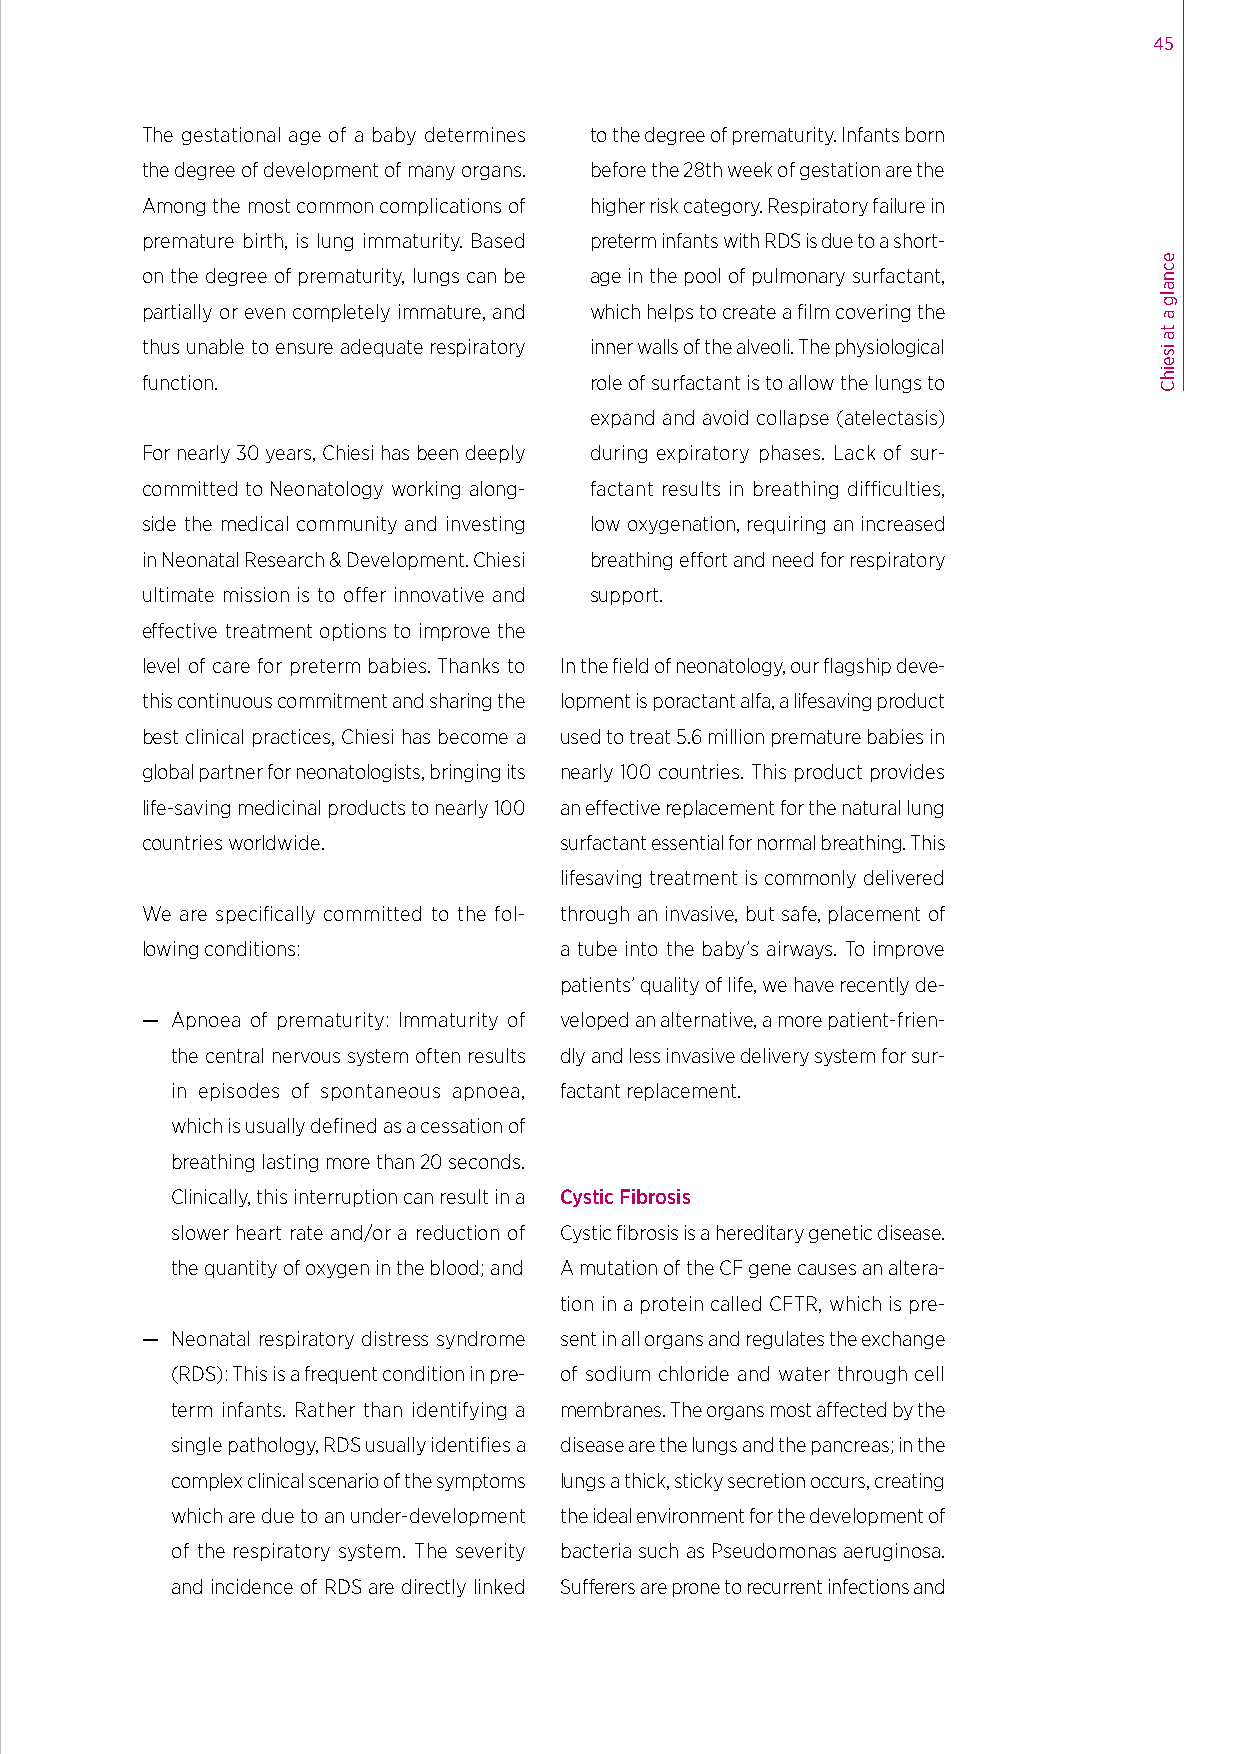
45
 The gestational age of a baby determines to the degree of prematurity. Infants born
 the degree of development of many organs. before the 28th week of gestation are the
 Among the most common complications of higher risk category. Respiratory failure in
 premature birth, is lung immaturity. Based preterm infants with RDS is due to a short-
 on the degree of prematurity, lungs can be age in the pool of pulmonary surfactant,
 partially or even completely immature, and which helps to create a film covering the
 thus unable to ensure adequate respiratory inner walls of the alveoli. The physiological
 function.                     role of surfactant is to allow the lungs to
 expand and avoid collapse (atelectasis)
 For nearly 30 years, Chiesi has been deeply during expiratory phases. Lack of sur-
 committed to Neonatology working along- factant results in breathing difficulties,
 side the medical community and investing low oxygenation, requiring an increased
 in Neonatal Research & Development. Chiesi breathing effort and need for respiratory
 ultimate mission is to offer innovative and support.
 effective treatment options to improve the
 level of care for preterm babies. Thanks to In the field of neonatology, our flagship deve-
 this continuous commitment and sharing the lopment is poractant alfa, a lifesaving product
 best clinical practices, Chiesi has become a used to treat 5.6 million premature babies in
 global partner for neonatologists, bringing its nearly 100 countries. This product provides
 life-saving medicinal products to nearly 100 an effective replacement for the natural lung
 countries worldwide.        surfactant essential for normal breathing. This
 lifesaving treatment is commonly delivered
 We are specifically committed to the fol- through an invasive, but safe, placement of
 lowing conditions:          a tube into the baby’s airways. To improve
 patients’ quality of life, we have recently de-
 — Apnoea of prematurity: Immaturity of veloped an alternative, a more patient-frien-
 the central nervous system often results dly and less invasive delivery system for sur-
 in episodes of spontaneous apnoea, factant replacement.
 which is usually defined as a cessation of
 breathing lasting more than 20 seconds.
 Clinically, this interruption can result in a Cystic Fibrosis
 slower heart rate and/or a reduction of Cystic fibrosis is a hereditary genetic disease.
 the quantity of oxygen in the blood; and A mutation of the CF gene causes an altera-
 tion in a protein called CFTR, which is pre-
 — Neonatal respiratory distress syndrome sent in all organs and regulates the exchange
 (RDS): This is a frequent condition in pre- of sodium chloride and water through cell
 term infants. Rather than identifying a membranes. The organs most affected by the
 single pathology, RDS usually identifies a disease are the lungs and the pancreas; in the
 complex clinical scenario of the symptoms lungs a thick, sticky secretion occurs, creating
 which are due to an under-development the ideal environment for the development of
 of the respiratory system. The severity bacteria such as Pseudomonas aeruginosa.
 and incidence of RDS are directly linked Sufferers are prone to recurrent infections and
 ecnalg
 a
 ta
 iseihC